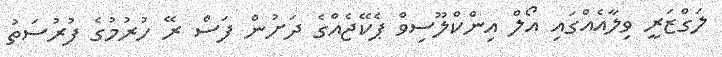
ލަގްޒަރީ ވިލާއެއްގައި އޯލް އިންކްލޫސިވް ޕެކޭޖެއްގެ ދަށުން ފަސް ރޭ ހުރުމުގެ ފުރުސަތު